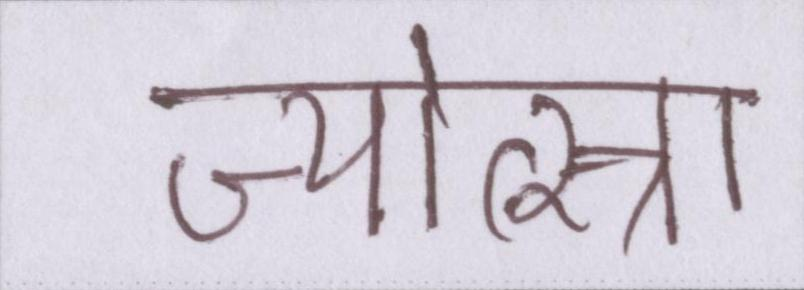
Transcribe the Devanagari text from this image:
ज्योत्स्ना